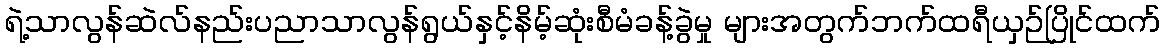
ရဲ့သာလွန်ဆဲလ်နည်းပညာသာလွန်ရွယ်နှင့်နိမ့်ဆုံးစီမံခန့်ခွဲမှု များအတွက်ဘက်ထရီယှဉ်ပြိုင်ထက်